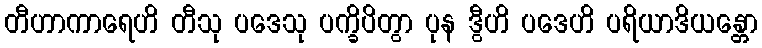
တီဟာကာရေဟိ တီသု ပဒေသု ပက္ခိပိတွာ ပုန ဒွီဟိ ပဒေဟိ ပရိယာဒိယန္တော